Rangoon Lunatic Asylum 1898-1906 - 1898-1906
Year: 1898
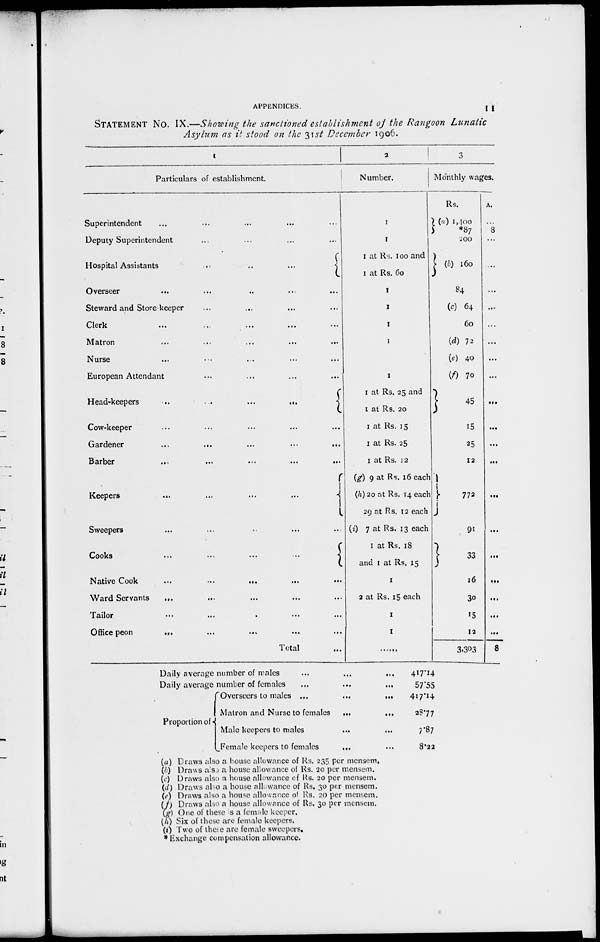
APPENDICES.
11
STATEMENT No. IX.—Showing the sanctioned establishment of the Rangoon Lunatic
Asylum as it stood on the 31st December 1906.
1
Particulars of establishment.
Superintendent ... ... ... ... ...
Deputy Superintendent ... ... ... ...
Hospital Assistants
...
...
...
...
Overseer ... ... ... ... ...
Steward and Store-keeper ... ... ... ...
Clerk
...
...
...
...
...
Matron ... ... ... ... ...
Nurse ... ... ... ... ...
European Attendant ... ... ... ...
Head-keepers
...
...
...
...
Cow-keeper ... ... ... ...
Gardener
...
...
...
...
...
Barber
...
...
...
...
...
Keepers
...
...
...
...
Sweepers ... ... ... ... ...
Cooks
...
...
...
...
Native Cook
...
...
...
...
...
Ward Servants
... ... ... ... ...
Tailor ... ... ... ... ...
Office peon
...
...
...
...
...
Total ...
2
Number.
1
1
1 at Rs. 100 and
1 at Rs. 60
1
1
1
1
1
1 at Rs. 25 and
1 at Rs. 20
1 at Rs. 15
1 at Rs. 25
1 at Rs. 12
(g) 9 at Rs. 16 each
(h) 20 at Rs. 14 each
29 at Rs. 12 each
(i) 7 at Rs. 13 each
1 at Rs. 18
and 1 at Rs. 15
1
2 at Rs. 15 each
1
1
......
3
Monthly wages.
Rs.
(a) 1,400
*87
200
(b) 160
84
(c) 64
60
(d) 72
(e) 40
(f) 70
45
15
25
12
772
91
33
16
30
15
12
3,303
A.
...
8
...
...
...
...
...
...
...
...
...
...
...
...
...
...
...
...
...
...
...
8
Daily average number of males
...
...
...
Daily average number of females
...
...
...
Proportion of
Overseers to males ...
...
...
Matron and Nurse to females
...
...
Male keepers to males ... ...
Female keepers to females
... ...
(a) Draws also a house allowance of Rs. 235 per mensem.
(b) Draws also a house allowance of Rs. 20 per mensem.
(c) Draws also a house allowance of Rs. 20 per mensem.
(d) Draws also a house allowance of Rs. 30 per mensem.
(e) Draws also a house allowance of Rs. 20 per mensem.
(f) Draws also a house allowance of Rs. 30 per mensem.
(g) One of these as a female keeper.
(h) Six of these are female keepers.
(i) Two of these are female sweepers.
* Exchange compensation allowance.
417.14
57.55
417.14
28.77
7.87
8.22